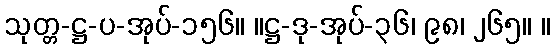
သုတ္တ-ဋ္ဌ-ပ-အုပ်-၁၅၆။ ။ဋ္ဌ-ဒု-အုပ်-၃၆၊ ၉၈၊ ၂၆၅။ ။